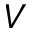
V